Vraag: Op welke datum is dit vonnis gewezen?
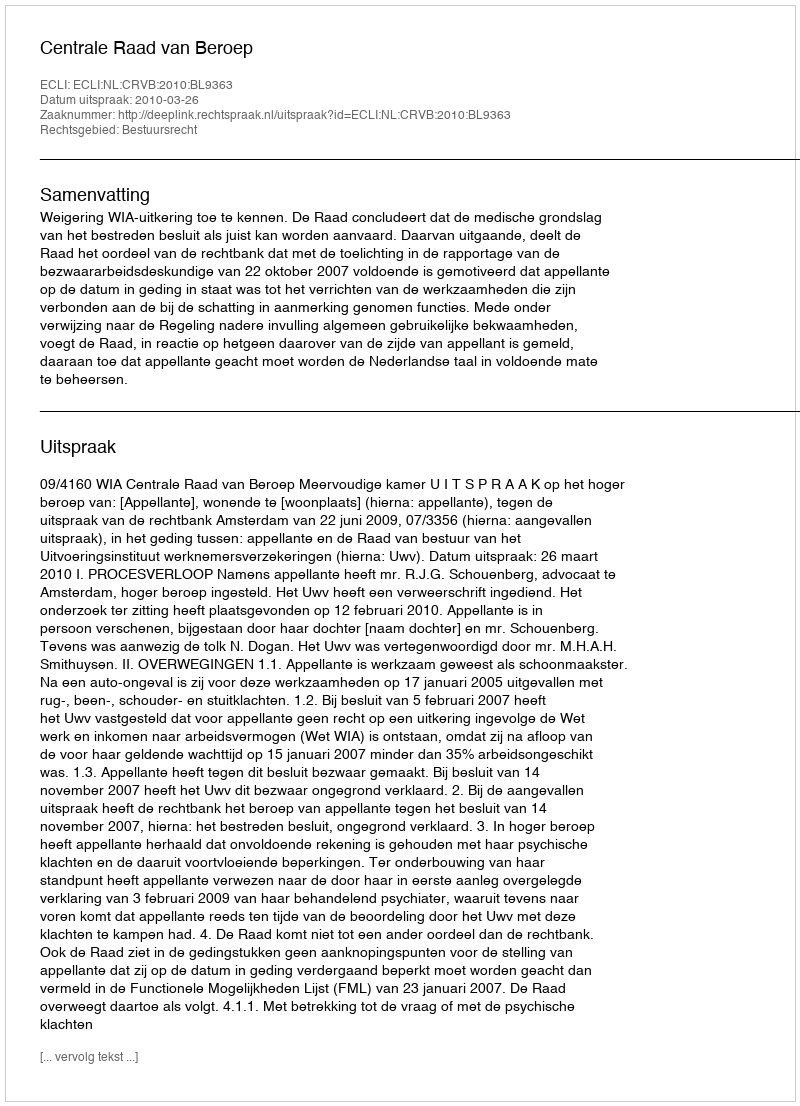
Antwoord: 2010-03-26